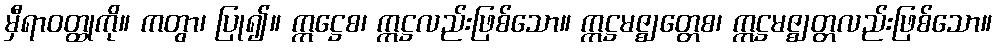
မှီရာဝတ္ထုကို။ ကတွာ၊ ပြု၍။ ဣဋ္ဌေစ၊ ဣဋ္ဌလည်းဖြစ်သော။ ဣဋ္ဌမဇ္ဈတ္တေစ၊ ဣဋ္ဌမဇ္ဈတ္တလည်းဖြစ်သော။